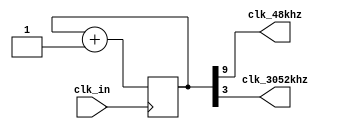
`timescale 1ns / 1ps
//////////////////////////////////////////////////////////////////////////////////
// Company: 
// Engineer: 
// 
// Design Name: 
// Module Name: clock_slow
// Project Name: 
// Target Devices: 
// Tool Versions: 
// Description: 
// 
// Dependencies: 
// 
// Revision:
// Revision 0.01 - File Created
// Additional Comments:
// 
//////////////////////////////////////////////////////////////////////////////////


module clk_slow(clk_in, clk_48khz, clk_3052khz);
   input      clk_in;
   output     clk_48khz;
//   output     clk_no48khz;
   output     clk_3052khz;
  
   wire       clk_sig;
   reg [18:0] clk_cntr;
   
   
   always @(posedge clk_in)
   begin: count
         clk_cntr <= (clk_cntr + 1);
   end
   assign clk_48khz = clk_cntr[9];
//  assign clk_no48khz = clk_cntr[18];
   assign clk_3052khz = clk_cntr[3];
   
endmodule